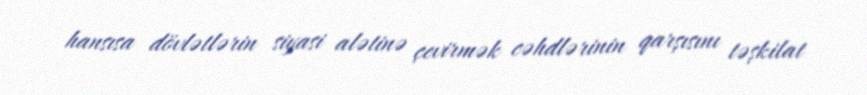
hansısa dövlətlərin siyasi alətinə çevirmək cəhdlərinin qarşısını təşkilat